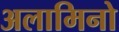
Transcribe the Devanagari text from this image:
अलामिनो